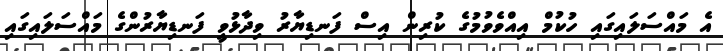
އެ މައްސަލައިގައި ހުކުމް އިއްވެވުމުގެ ކުރިން އިސް ފަނޑިޔާރު ވިދާޅުވީ ފަނޑިޔާރުންގެ މައްސަލައިގައި